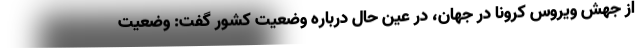
از جهش ویروس کرونا در جهان، در عین حال درباره وضعیت کشور گفت: وضعیت